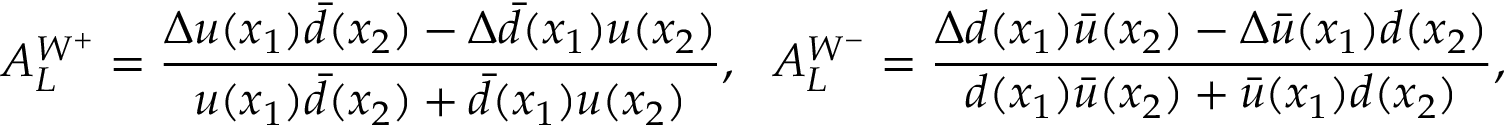
A _ { L } ^ { W ^ { + } } = \frac { \Delta u ( x _ { 1 } ) \bar { d } ( x _ { 2 } ) - \Delta \bar { d } ( x _ { 1 } ) u ( x _ { 2 } ) } { u ( x _ { 1 } ) \bar { d } ( x _ { 2 } ) + \bar { d } ( x _ { 1 } ) u ( x _ { 2 } ) } , ~ ~ A _ { L } ^ { W ^ { - } } = \frac { \Delta d ( x _ { 1 } ) \bar { u } ( x _ { 2 } ) - \Delta \bar { u } ( x _ { 1 } ) d ( x _ { 2 } ) } { d ( x _ { 1 } ) \bar { u } ( x _ { 2 } ) + \bar { u } ( x _ { 1 } ) d ( x _ { 2 } ) } ,